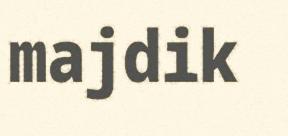
majdik